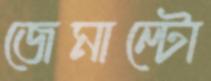
জেমাল্টো